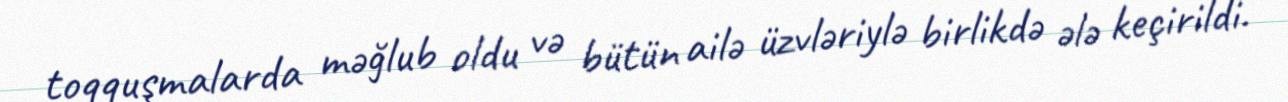
toqquşmalarda məğlub oldu və bütün ailə üzvləriylə birlikdə ələ keçirildi.